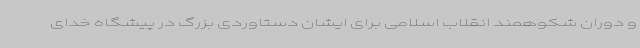
و دوران شکوهمند انقلاب اسلامی برای ایشان دستاوردی بزرگ در پیشگاه خدای